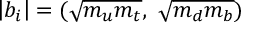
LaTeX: \left| b _ { i } \right| = ( \sqrt { m _ { u } m _ { t } } , \ \sqrt { m _ { d } m _ { b } } )